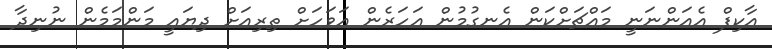
އާކިފް އެއަންނަނީ މައްޗަށްކަން އެނގުމުން އަހަރެން އަވަހަށް ތިރިއަށް ދިޔައީ މަންމަމެން ނުނިދާ